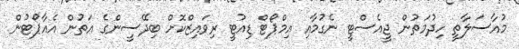
މުއާސަލާތީ ހިދުމަތުން ޖީއެސްޓީ ނެގުމާއި އިމްޕޯޓް ޑިއުޓީ ރިވައިޒްކޮށް ބިދޭސީންގެ އަތުން އެއާޕޯޓުން